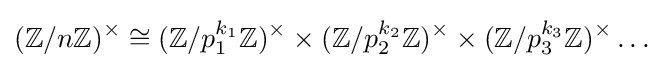
(\mathbb {Z} /n\mathbb {Z} )^{\times }\cong (\mathbb {Z} /{p_{1}^{k_{1}}}\mathbb {Z} )^{\times }\times (\mathbb {Z} /{p_{2}^{k_{2}}}\mathbb {Z} )^{\times }\times (\mathbb {Z} /{p_{3}^{k_{3}}}\mathbb {Z} )^{\times }\dots \;